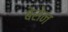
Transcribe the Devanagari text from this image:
बेसेन